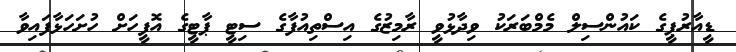
ޑީއާރުޕީގެ ކައުންސިލް މެމްބަރަކު ވިދާޅުވީ ރާމިޒުގެ އިސްތިއުފާގެ ސިޓީ ޕާޓީގެ އޮފީހަށް ހުށަހަޅާފައިވާ